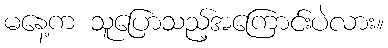
မနေ့က သူပြောသည့်အကြောင်းပဲလား။